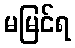
မမြင်ရ